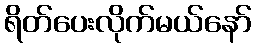
ရိတ်ပေးလိုက်မယ်နော်